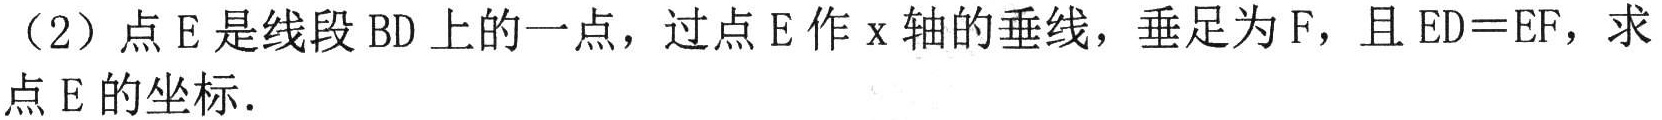
（2）点\(E\)是线段\(BD\)上的一点，过点\(E\)作\(x\)轴的垂线，垂足为\(F\)，且\(ED = EF\)，求
点\(E\)的坐标．